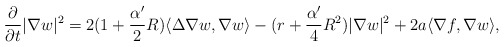
\begin{align*}\frac{\partial}{\partial t}|\nabla w|^2=2(1+\frac{\alpha'}{2}R)\langle\Delta\nabla w,\nabla w\rangle-(r+\frac{\alpha'}{4}R^2)|\nabla w|^2+2a\langle\nabla f,\nabla w\rangle,\end{align*}